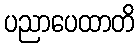
ပညာပေထာတိ